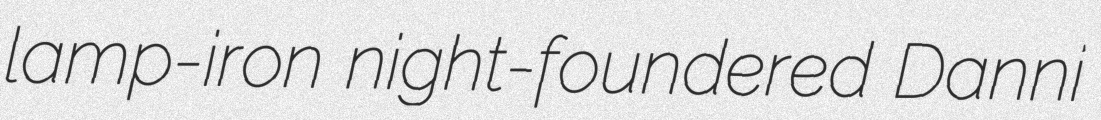
lamp-iron night-foundered Danni